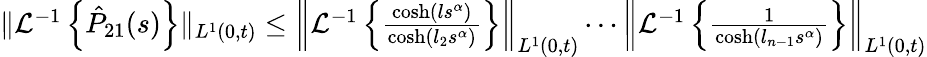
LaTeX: \begin{array}{r}{\| \mathcal{L}^{-1}\left\{ \hat{P}_{21}(s)\right\} \| _{L^{1}(0,t)}\leq\left\| \mathcal{L}^{-1}\left\{ \frac{\cosh(ls^{\alpha})}{\cosh(l_{2}s^{\alpha})}\right\} \right\| _{L^{1}(0,t)}\cdots\left\| \mathcal{L}^{-1}\left\{ \frac{1}{\cosh(l_{n-1}s^{\alpha})}\right\} \right\| _{L^{1}(0,t)}}\end{array}